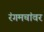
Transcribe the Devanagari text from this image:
रंगमचांवर